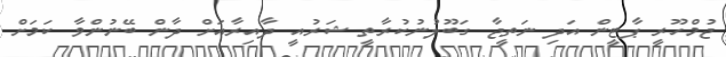
ޖުމްހޫރީ ޕާޓީން އަދި ނަތީޖާ ގަބޫލުނުކުރާތީ ޝަރުއީ ދާއިރާއަށް ދާން ބޭނުންވާ ކަމަށް